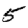
Digit: 5